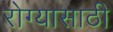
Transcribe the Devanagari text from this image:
रोग्यासाठी